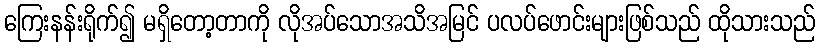
ကြေးနန်းရိုက်၍ မရှိတော့တာကို လိုအပ်သောအသိအမြင် ပလပ်ဖောင်းများဖြစ်သည် ထိုသားသည်